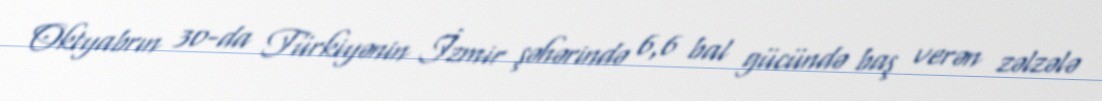
Oktyabrın 30-da Türkiyənin İzmir şəhərində 6,6 bal gücündə baş verən zəlzələ